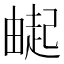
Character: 𬏌